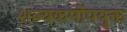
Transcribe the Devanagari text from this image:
शल्यकर्मोपयुक्त